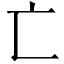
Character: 亡